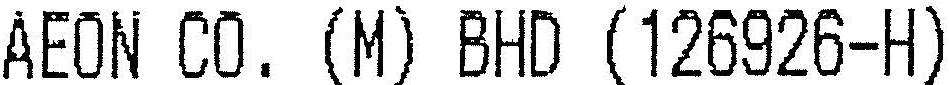
AEON CO. (M) BHD (126926-H)